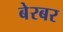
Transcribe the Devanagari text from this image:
बेरबर